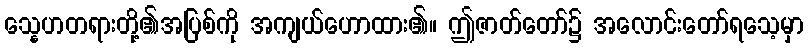
သ္နေဟတရားတို့၏အပြစ်ကို အကျယ်ဟောထား၏။ ဤဇာတ်တော်၌ အလောင်းတော်ရသေ့မှာ